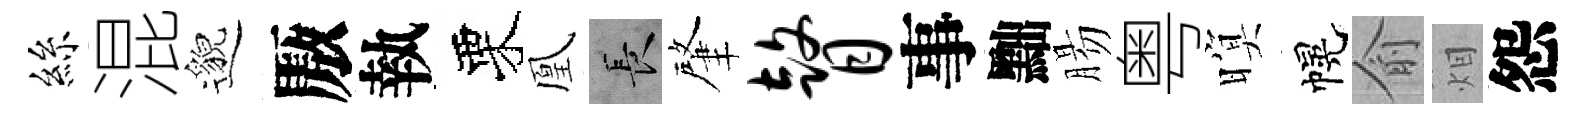
絲混邈厫執栗凰长肇瞽事黜腸粤暝幌俞𤇆怨